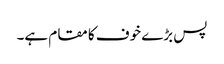
پس بڑے خوف کا مقام ہے۔